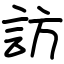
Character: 訪